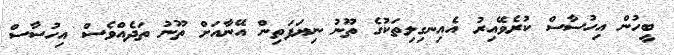
ބީހުން އިހުސާސް ކުރެވޭއިރު އެއިނގިލިތަކުގެ ތޫނު ނިޔަފަތިން އޭނާއަށް ތޫނު ތަދެއްވެސް އިހުސާސް